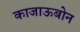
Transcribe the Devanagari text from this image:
काजाऊबोन